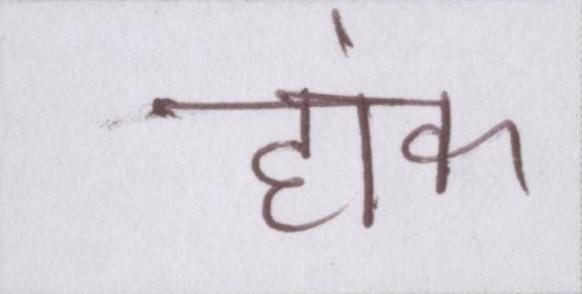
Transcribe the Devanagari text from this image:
हांक